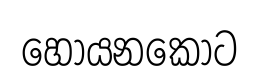
හොයනකොට